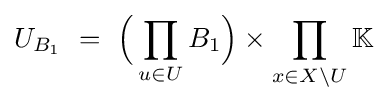
U_{B_{1}}~=~{\Big (}\prod _{u\in U}B_{1}{\Big )}\times \prod _{x\in X\setminus U}\mathbb {K}